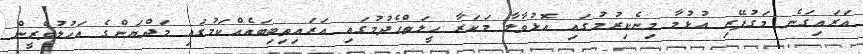
އަރައިގަނެ މަގުފޭރި އުޅުމާ މިނެކިރުމުގައި އޮޅުވާލާ މަކަރާ ހީލަތްހެދުމުގައި އަރައިތިބިބައެއްކަމުގައި މަދްޔަންގެ އަހުލުވެރީން